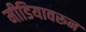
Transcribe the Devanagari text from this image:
मीडियावरून